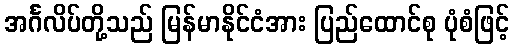
အင်္ဂလိပ်တို့သည် မြန်မာနိုင်ငံအား ပြည်ထောင်စု ပုံစံဖြင့်